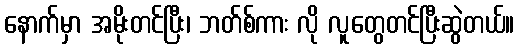
နောက်မှာ အမိုးတင်ပြီး၊ ဘတ်စ်ကား လို လူတွေတင်ပြီးဆွဲတယ်။